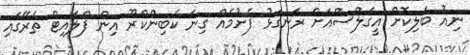
ނިއު ބަލިކޮށް އީގަލްސްއަށް ރަނގަޅު ފެށުމެއް ގިނަ ކެބިންކްރޫ އިން ފްލައިޓް ތެރޭގައި